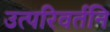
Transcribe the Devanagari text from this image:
उत्परिवर्तनि